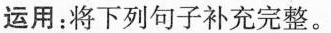
运用：将下列句子补充完整。